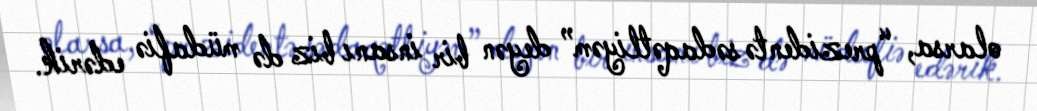
olarsa, “prezidentə sədaqətliyəm” deyən bir insanı biz də müdafiə edərik.